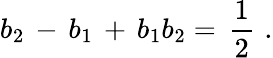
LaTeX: b_{2}\, -\, b_{1}\, +\, b_{1}b_{2}=\, {\frac{1}{2}}\, \, .